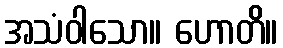
အသံဝါသော။ ဟောတိ။